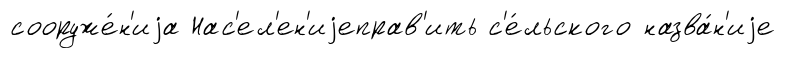
сооруже́н'иjа Нас'ел'ен'иjеправ'ить с'е́льского назва́н'иjе